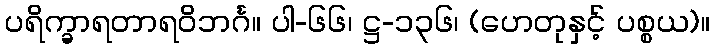
ပရိက္ခာရတာရဝိဘင်္ဂ။ ပါ-၆၆၊ ဋ္ဌ-၁၃၆၊ (ဟေတုနှင့် ပစ္စယ)။